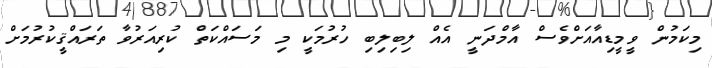
މިކަމުން ވީމީޑިއާއަށްވެސް އާމްދަނީ އެއް ލިބިލިބި ހުރުމަކީ މި މަސައްކަތް ކުރިއަރުވާ ތަރައްޤީކުރުމަށް